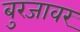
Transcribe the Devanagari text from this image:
बुरजावर